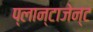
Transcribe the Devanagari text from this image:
प्लान्टाजेन्ट